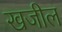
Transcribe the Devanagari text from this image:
खजील